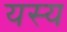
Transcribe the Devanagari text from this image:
यस्‍य